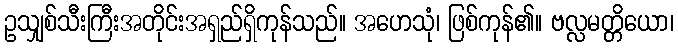
ဥသျှစ်သီးကြီးအတိုင်းအရှည်ရှိကုန်သည်။ အဟေသုံ၊ ဖြစ်ကုန်၏။ ဗလ္လမတ္တိယော၊